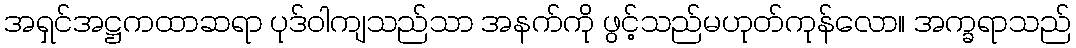
အရှင်အဋ္ဌကထာဆရာ ပုဒ်ဝါကျသည်သာ အနက်ကို ဖွင့်သည်မဟုတ်ကုန်လော။ အက္ခရာသည်